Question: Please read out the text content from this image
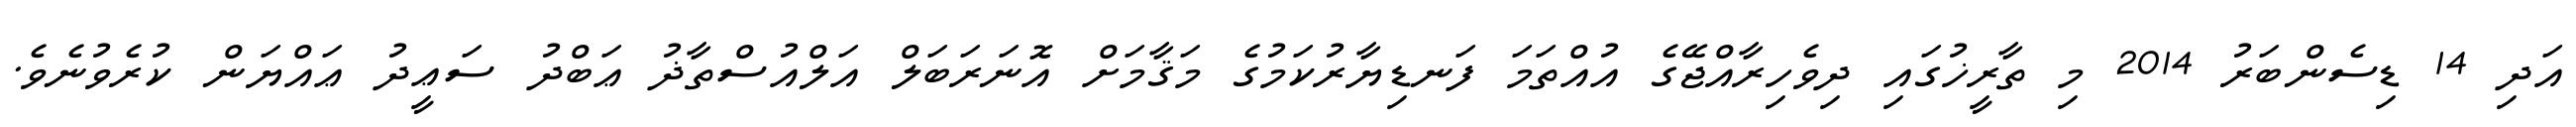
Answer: އަދި 14 ޑިސެންބަރު 2014 މި ތާރީޚުގައި ދިވެހިރާއްޖޭގެ އުއްތަމަ ފަނޑިޔާރުކަމުގެ މަޤާމަށް އޮނަރަބަލް އަލްއުސްތާޛު ޢަބްދު ސަޢީދު ޢައްޔަން ކުރެވުނެވެ.